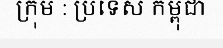
ក្រុម : ប្រទេស កម្ពុជា